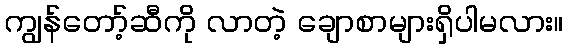
ကျွန်တော့်ဆီကို လာတဲ့ ချောစာများရှိပါမလား။